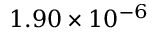
1 . 9 0 \times 1 0 ^ { - 6 }